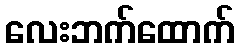
လေးဘက်ထောက်